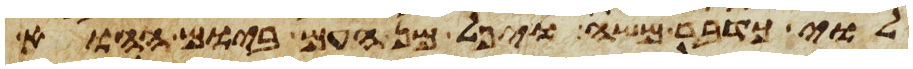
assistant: לוי כדבר משה ויפל מן העם ביום ההוא